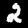
Digit: 2